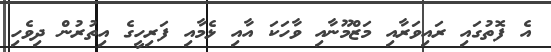
އެ ފޮތުގައި ރައިވަރާއި މަޒްމޫނާއި ވާހަކަ އާއި ޅެމާއި ފަރިހީގެ އިތުރުން ދިވެހި